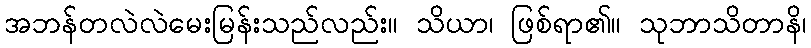
အဘန်တလဲလဲမေးမြန်းသည်လည်း။ သိယာ၊ ဖြစ်ရာ၏။ သုဘာသိတာနိ၊